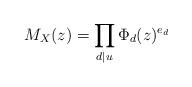
LaTeX: \begin{align*}M_X(z)=\prod_{d \mid u}\Phi_d(z)^{e_d}\end{align*}